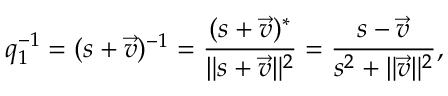
q _ { 1 } ^ { - 1 } = ( s + { \vec { v } } ) ^ { - 1 } = { \frac { ( s + { \vec { v } } ) ^ { * } } { \lVert s + { \vec { v } } \rVert ^ { 2 } } } = { \frac { s - { \vec { v } } } { s ^ { 2 } + \lVert { \vec { v } } \rVert ^ { 2 } } } ,